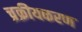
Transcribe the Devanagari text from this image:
च्रक्रीयकरण